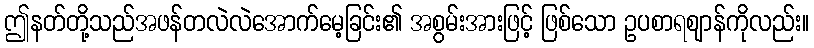
ဤနတ်တို့သည်အဖန်တလဲလဲအောက်မေ့ခြင်း၏ အစွမ်းအားဖြင့် ဖြစ်သော ဥပစာရဈာန်ကိုလည်း။